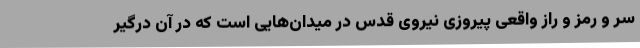
سر و رمز و راز واقعی پیروزی نیروی قدس در میدان‌هایی است که در آن درگیر